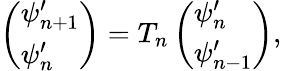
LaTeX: \left(\begin{array}{l}{\psi_{n+1}^{\prime}}\\ {\psi_{n}^{\prime}}\end{array}\right)=T_{n}\left(\begin{array}{l}{\psi_{n}^{\prime}}\\ {\psi_{n-1}^{\prime}}\end{array}\right),